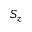
S _ { z }